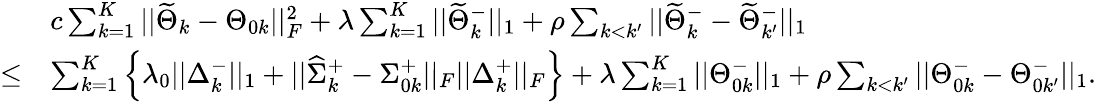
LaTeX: \begin{array}{rl}&{c\sum_{k=1}^{K}||\widetilde{\Theta}_{k}-\Theta_{0k}||_{F}^{2}+\lambda\sum_{k=1}^{K}||\widetilde{\Theta}_{k}^{-}||_{1}+\rho\sum_{k<k^{\prime}}||\widetilde{\Theta}_{k}^{-}-\widetilde{\Theta}_{k^{\prime}}^{-}||_{1}}\\ {\leq}&{\sum_{k=1}^{K}\left\{ \lambda_{0}||\Delta_{k}^{-}||_{1}+||\widehat{\Sigma}_{k}^{+}-\Sigma_{0k}^{+}||_{F}||\Delta_{k}^{+}||_{F}\right\} +\lambda\sum_{k=1}^{K}||\Theta_{0k}^{-}||_{1}+\rho\sum_{k<k^{\prime}}||\Theta_{0k}^{-}-\Theta_{0k^{\prime}}^{-}||_{1}.}\end{array}